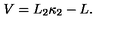
V = L _ { 2 } \kappa _ { 2 } - L .